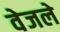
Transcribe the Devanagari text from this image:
वेजले